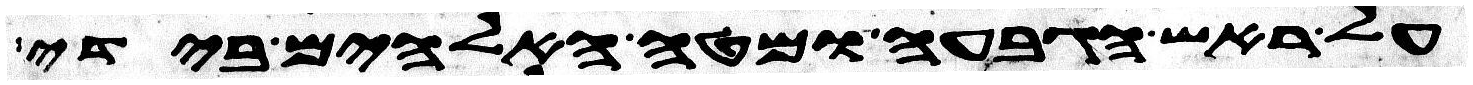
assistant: על ראש הגבעה ומטה האלהים בידי